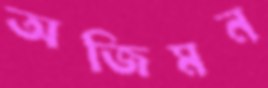
অজিমন